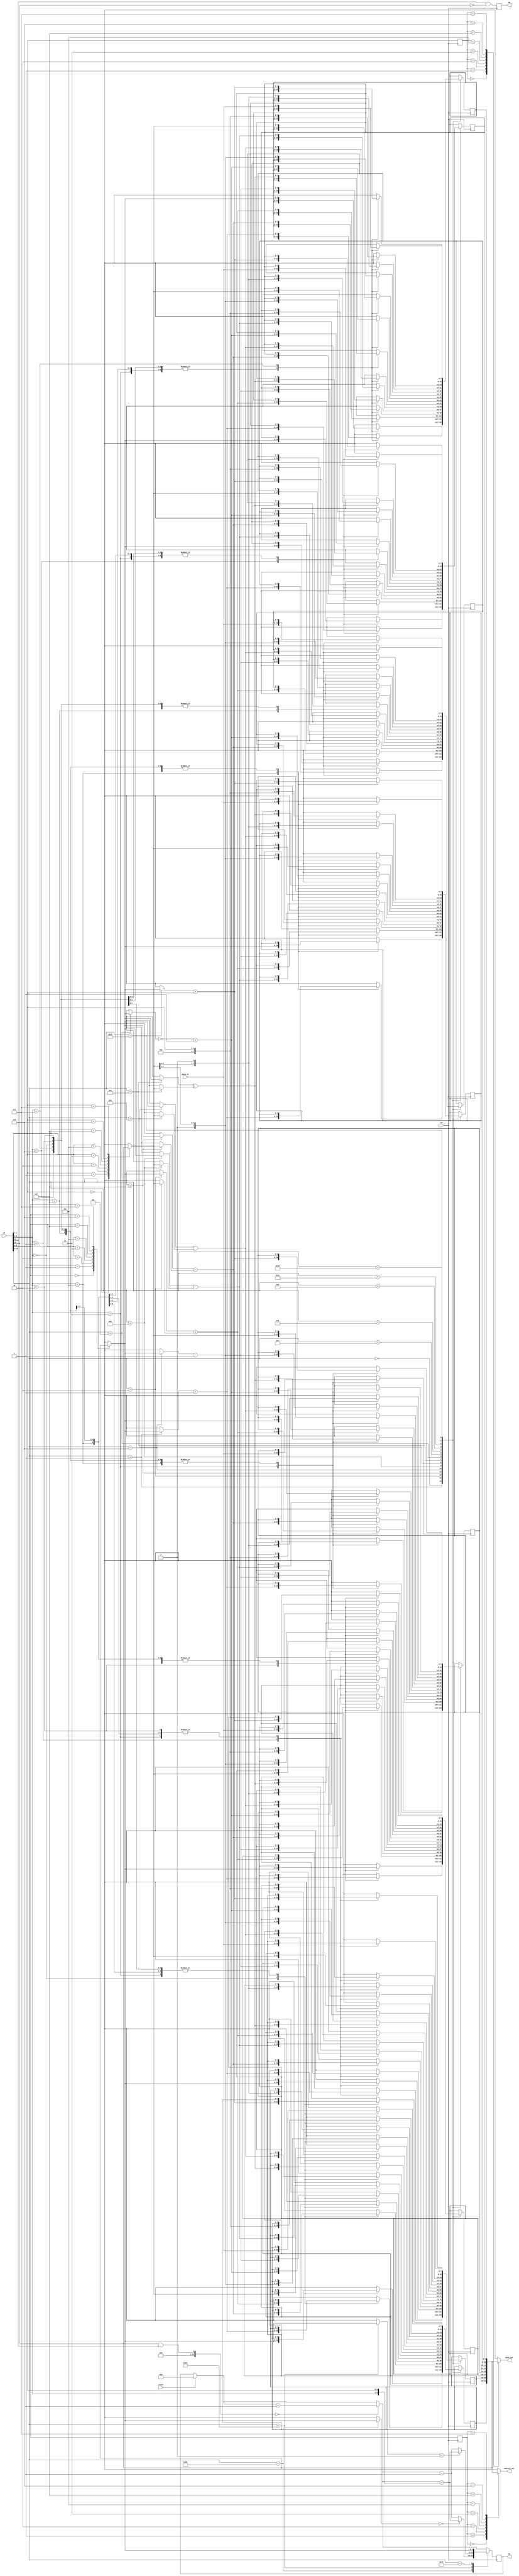
module CPU(IR,Data_in,PC,Address_out,Data_out,MW,clk,reset);
	input clk,reset;
	input [15:0] IR;
	input [7:0] Data_in;
	output MW;
	output [7:0] PC,Address_out,Data_out;
	reg [7:0] PC,Address_out,Data_out,OP;
	reg [6:0] Opcode;
	reg [7:0] R [0:7];
	reg [5:0] AD;
	reg [2:0] DR,SA,SB;
	reg MW;
	initial begin
		//if(reset == 1)
			//PC = 0;
	end
	always @(*) begin
	 Address_out = R[SA];
	 Data_out=R[SB]; 
	end
	always @ (posedge clk) begin
		if(reset)begin
			PC = 0;
		end
		Opcode = IR[15:9];
		DR = IR[8:6];
		SA = IR[5:3];
		SB = IR[2:0];
		OP = {4'b0000,IR[2:0]};
		AD = {IR[8:6],IR[2:0]};
		MW = IR[14]&!IR[15];
		if ((IR[15]&&IR[14])==0)
			PC = PC+1;
		#1
		case(Opcode)
			7'b0000000: R[DR]=R[SA];//MOVA
			7'b0000001: R[DR]=R[SA]+1;//INC
			7'b0000010: R[DR]=R[SA]+R[SB];//ADD
			7'b0000101: R[DR]=R[SA]-R[SB];//SUB
			7'b0000110: R[DR]=R[SA]-1;//DEC
			7'b0001000: R[DR]=R[SA]&R[SB];//AND
			7'b0001001: R[DR]=R[SA]|R[SB];//OR
			7'b0001010: R[DR]=R[SA]^R[SB];//XOR
			7'b0001011: R[DR]=~R[SA]+1;//NOT
			7'b0001100: R[DR]=R[SB];//MOVB
			7'b0001101: R[DR]=R[SB]>>1;//SHR
			7'b0001110: R[DR]=R[SB]<<1;//SHL
			7'b1001100: R[DR]=OP;//LDI
			7'b1000010: R[DR]=R[SA]+OP;//ADI
			7'b0010000: R[DR]=Data_in;//LD
			//7'b0100000: Data_out=R[SB];//ST
			7'b1100000: 
				begin
					if(R[SA]==0) PC = PC+AD;
					else PC = PC+1;
				end//BRZ
			7'b1100001: 
				begin
					if(R[SA]<0) PC = PC+AD;
					else PC = PC+1;
				end //BRN
			7'b1110000: PC = R[SA];//JMP
		endcase
	end
endmodule